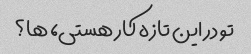
تو در این تازه کار هستی، ها؟